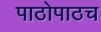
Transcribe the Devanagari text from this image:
पाठोपाठच